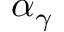
\alpha _ { \gamma }